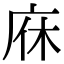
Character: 庥